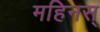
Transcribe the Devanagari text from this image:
महिनस्